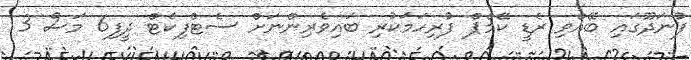
ފުނަދޫގައި ބޭއްވި ރެޑީ ކޭމްޕް ފުރިހަމަކުރި ބައިވެރިންނަށް ސެޓްފިކެޓް ދީފި6 މަސް 3